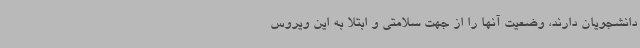
دانشجویان دارند، وضعیت آنها را از جهت سلامتی و ابتلا به این ویروس